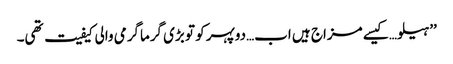
’’ہیلو…کیسے مزاج ہیں اب…دوپہر کو تو بڑی گرماگرمی والی کیفیت تھی۔